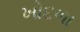
ખોદળા